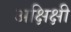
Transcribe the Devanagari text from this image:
अक्षिक्षी